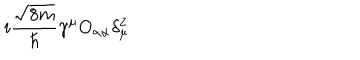
i \frac { \sqrt { 8 m } } { \hbar } \gamma ^ { \mu } O _ { \alpha \alpha } \delta _ { \mu } ^ { 2 }